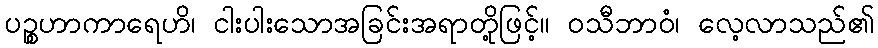
ပဉ္စဟာကာရေဟိ၊ ငါးပါးသောအခြင်းအရာတို့ဖြင့်။ ဝသီဘာဝံ၊ လေ့လာသည်၏